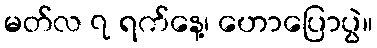
မတ်လ ၇ ရက်နေ့၊ ဟောပြောပွဲ။